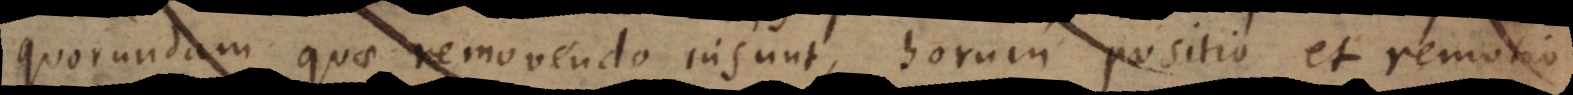
quorundam quae removendo insunt, horum positio et remotio